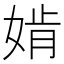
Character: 𡞚